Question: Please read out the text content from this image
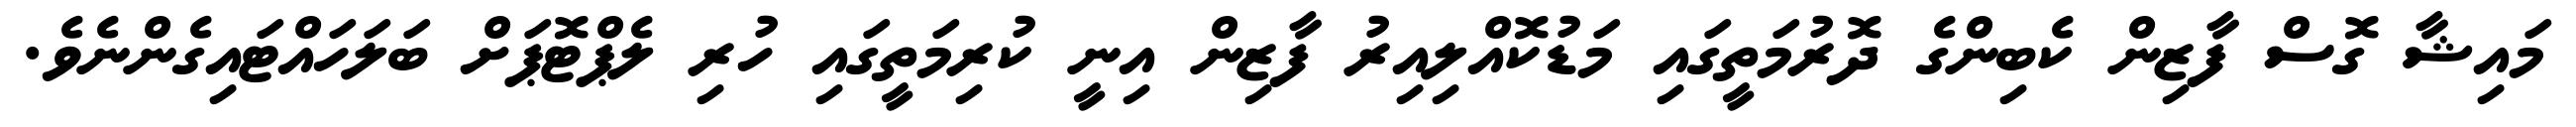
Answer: މައިޝާ ގޮސް ފާޒިން ކެބިންގެ ދޮރުމަތީގައި މަޑުކޮއްލިއިރު ފާޒިން އިނީ ކުރިމަތީގައި ހުރި ލެޕްޓޮޕަށް ބަލަހައްޓައިގެންނެވެ.